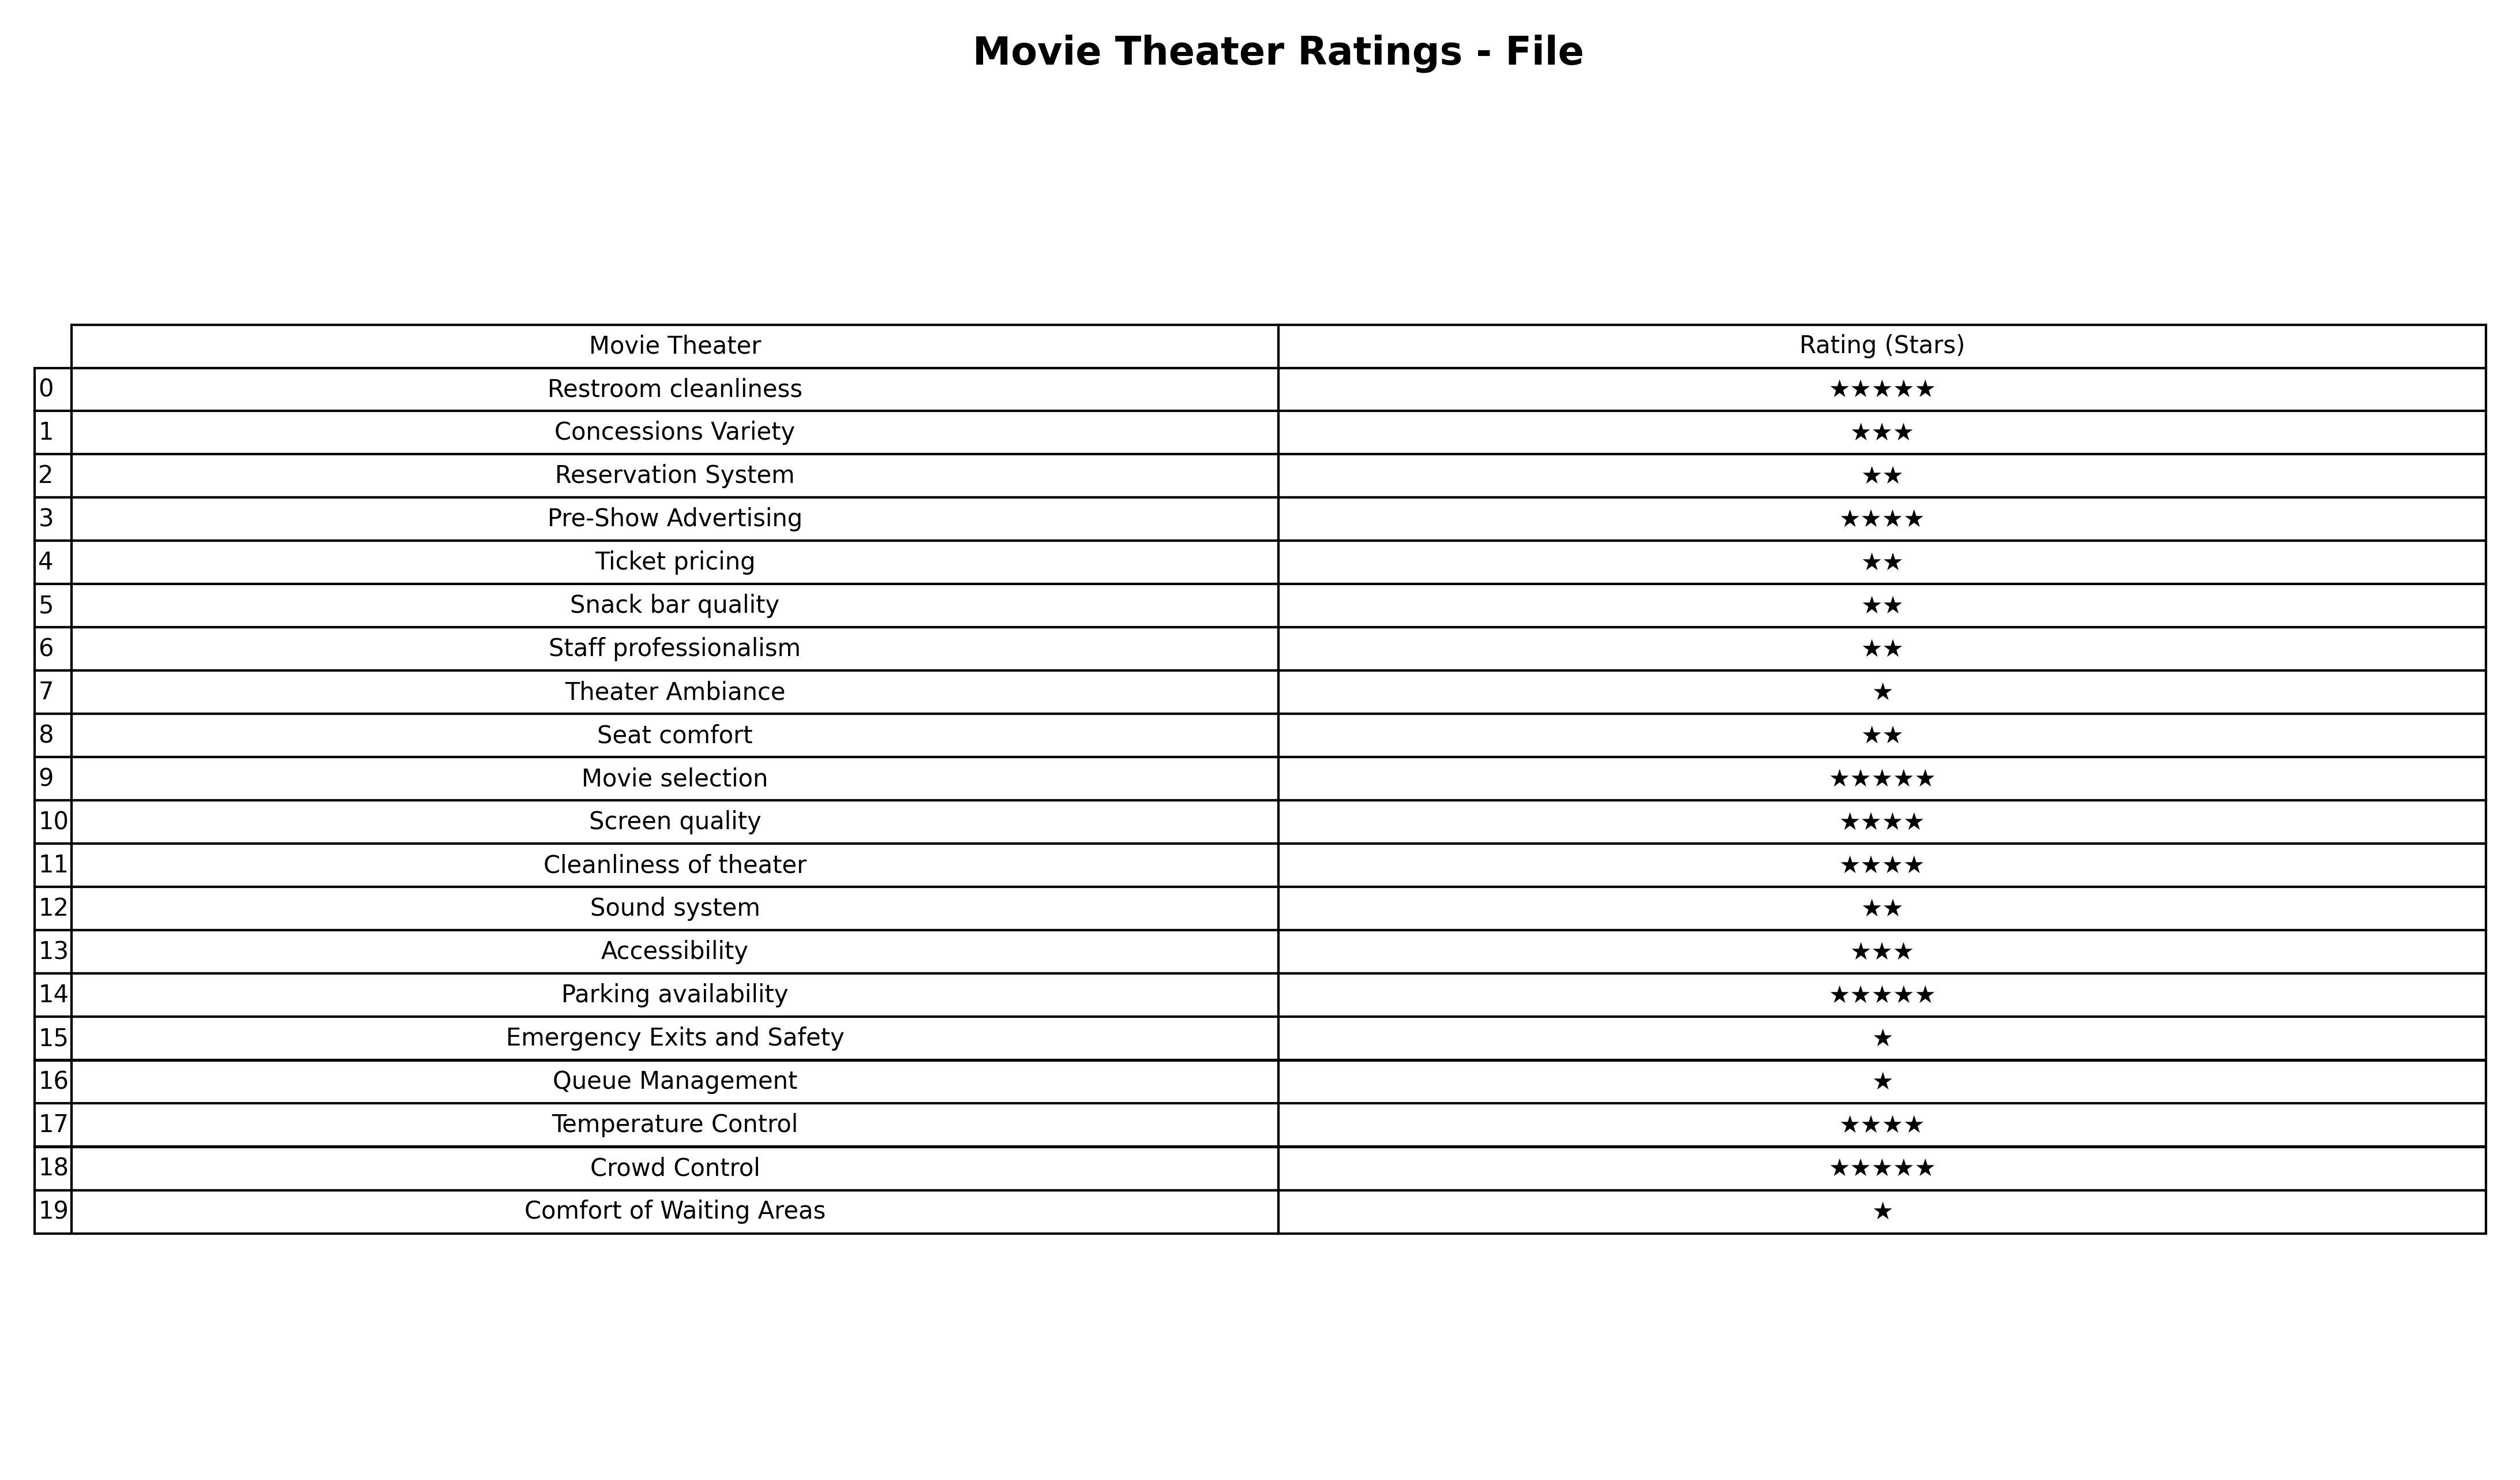
question: What are five star services?
answer: Restroom cleanlinessMovie selectionParking availabilityCrowd Control